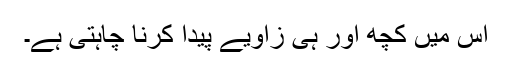
اس میں کچھ اور ہی زاویے پیدا کرنا چاہتی ہے۔